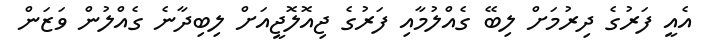
އެއީ ފަރުގެ ދިރުމަށް ލިބޭ ގެއްލުމާއި ފަރުގެ ޖިއޮލޮޖީއަށް ލިބިދާނެ ގެއްލުން ވަޒަން